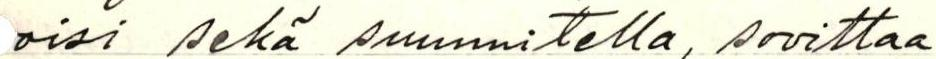
oisi sekä suunnitella, sovittaa